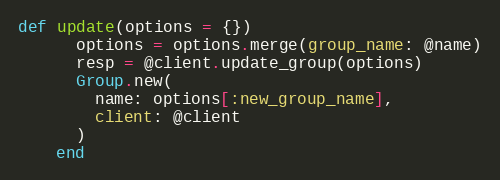
Language: Ruby
def update(options = {})
      options = options.merge(group_name: @name)
      resp = @client.update_group(options)
      Group.new(
        name: options[:new_group_name],
        client: @client
      )
    end